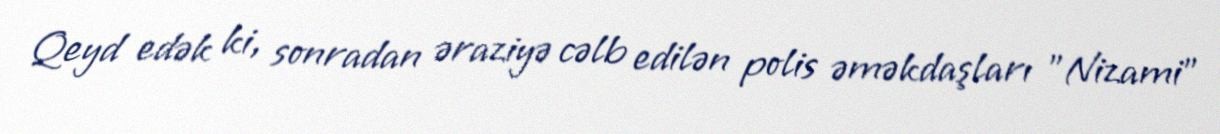
Qeyd edək ki, sonradan əraziyə cəlb edilən polis əməkdaşları "Nizami"